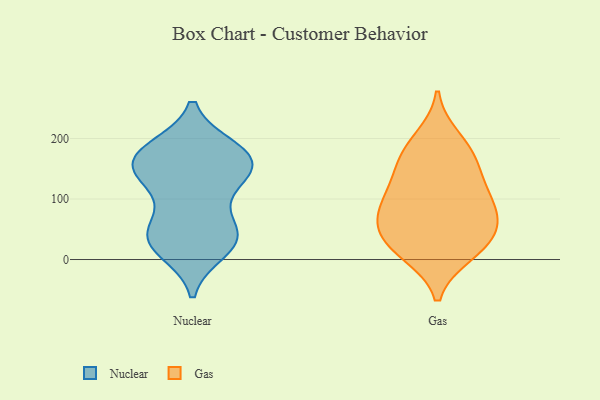
{"axis": {"x": "Churn Rate (%)", "y": "Value"}, "legend": ["Gas", "Nuclear"], "data": [{"x": "", "y": 182, "type": "Nuclear"}, {"x": "", "y": 30, "type": "Nuclear"}, {"x": "", "y": 36, "type": "Nuclear"}, {"x": "", "y": 36, "type": "Nuclear"}, {"x": "", "y": 176, "type": "Nuclear"}, {"x": "", "y": 117, "type": "Nuclear"}, {"x": "", "y": 16, "type": "Nuclear"}, {"x": "", "y": 168, "type": "Nuclear"}, {"x": "", "y": 152, "type": "Nuclear"}, {"x": "", "y": 163, "type": "Nuclear"}, {"x": "", "y": 42, "type": "Nuclear"}, {"x": "", "y": 128, "type": "Nuclear"}, {"x": "", "y": 172, "type": "Nuclear"}, {"x": "", "y": 146, "type": "Nuclear"}, {"x": "", "y": 55, "type": "Nuclear"}, {"x": "", "y": 105, "type": "Gas"}, {"x": "", "y": 19, "type": "Gas"}, {"x": "", "y": 10, "type": "Gas"}, {"x": "", "y": 94, "type": "Gas"}, {"x": "", "y": 44, "type": "Gas"}, {"x": "", "y": 173, "type": "Gas"}, {"x": "", "y": 58, "type": "Gas"}, {"x": "", "y": 72, "type": "Gas"}, {"x": "", "y": 66, "type": "Gas"}, {"x": "", "y": 144, "type": "Gas"}, {"x": "", "y": 118, "type": "Gas"}, {"x": "", "y": 200, "type": "Gas"}, {"x": "", "y": 19, "type": "Gas"}, {"x": "", "y": 172, "type": "Gas"}]}